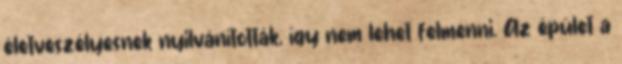
életveszélyesnek nyilvánították, így nem lehet felmenni. Az épület a